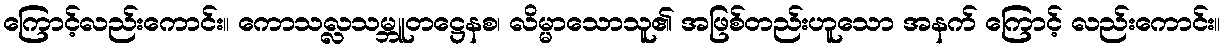
ကြောင့်လည်းကောင်း။ ကောသလ္လသမ္ဘူတဋ္ဌေနစ၊ လိမ္မာသောသူ၏ အဖြစ်တည်းဟူသော အနက် ကြောင့် လည်းကောင်း။